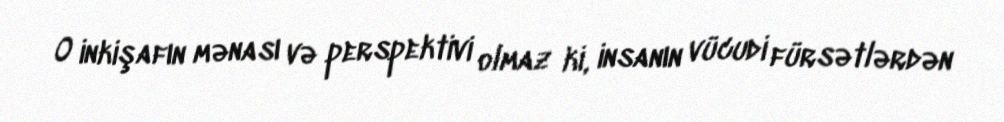
O inkişafın mənası və perspektivi olmaz ki, insanın vücudi fürsətlərdən